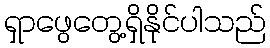
ရှာဖွေတွေ့ရှိနိုင်ပါသည်